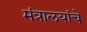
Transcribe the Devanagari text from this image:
मंत्रालयांचे